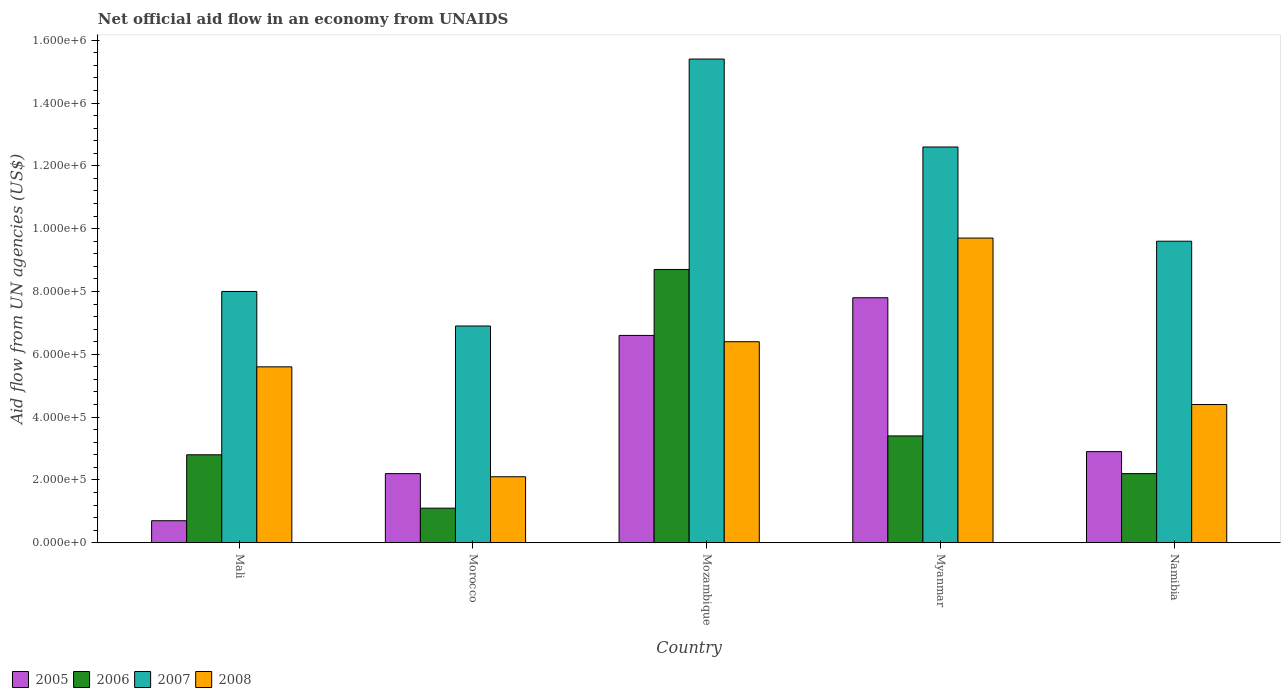
| Country | 2005 | 2006 | 2007 | 2008 |
 | --- | --- | --- | --- | --- |
 | Mali | 7e+04 | 2.8e+05 | 8e+05 | 5.6e+05 |
 | Morocco | 2.2e+05 | 1.1e+05 | 6.9e+05 | 2.1e+05 |
 | Mozambique | 6.6e+05 | 8.7e+05 | 1.54e+06 | 6.4e+05 |
 | Myanmar | 7.8e+05 | 3.4e+05 | 1.26e+06 | 9.7e+05 |
 | Namibia | 2.9e+05 | 2.2e+05 | 9.6e+05 | 4.4e+05 |